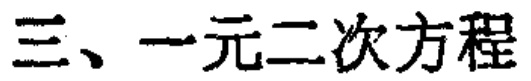
三、一元二次方程